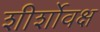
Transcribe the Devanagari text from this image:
शीर्शोवक्ष